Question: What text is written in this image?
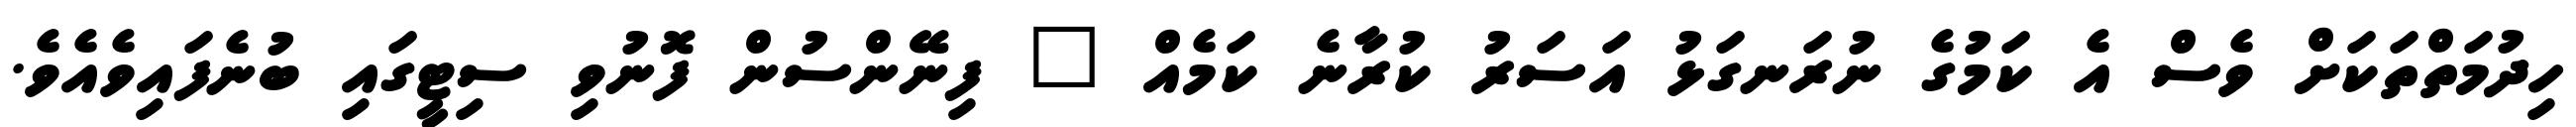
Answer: ހިދުމަތްތަކަށް ވެސް އެ ކަމުގެ ނުރަނގަޅު އަސަރު ކުރާނެ ކަމެއް " ފިނޭންސުން ފޮނުވި ސިޓީގައި ބުނެފައިވެއެވެ.